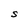
Character: S